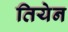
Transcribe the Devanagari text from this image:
तियेन